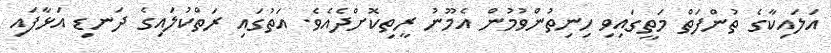
އަލައިކާގެ ތުންފަތް މަތީގައިވި ހިނިތުންވުމުން އެމޫނު ރީތިކޮށްދެއެވެ. އަތުގައި ރަތްކުލައިގެ ދަނޑި އަޅާފައި